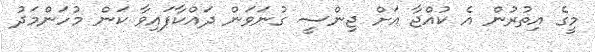
މީގެ އިތުރުން އެ ކުއްޖާ އަށް ޖިންސީ ގުނަވަން ދައްކާފައިވާ ކަން މުހަންމަދު